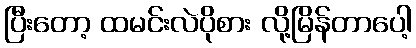
ပြီးတော့ ထမင်းလဲပိုစား လို့မြိန်တာပေါ့